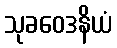
သုခဝေဒနိယံ